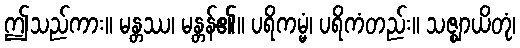
ဤသည်ကား။ မန္တဿ၊ မန္တန်၏။ ပရိကမ္မံ၊ ပရိကံတည်း။ သဇ္ဈာယိတုံ၊